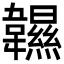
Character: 𩏰